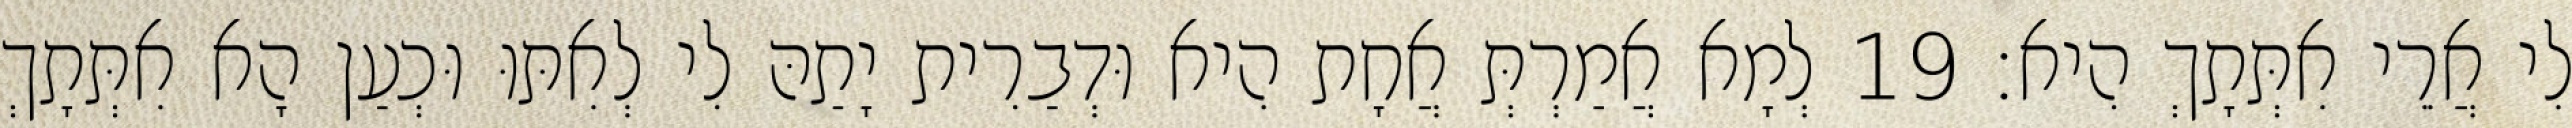
לִי אֲרֵי אִתְּתָךְ הִיא׃ 19 לְמָא אֲמַרְתְּ אֲחָת הִיא וּדְבַרִית יָתַהּ לִי לְאִתּוּ וּכְעַן הָא אִתְּתָךְ